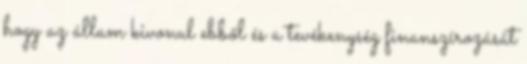
hogy az állam kivonul ebből és a tevékenység finanszírozását